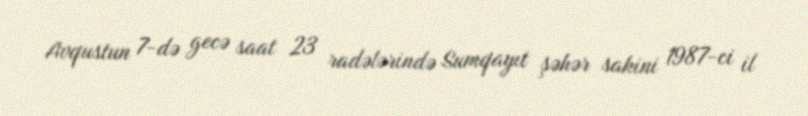
Avqustun 7-də gecə saat 23 radələrində Sumqayıt şəhər sakini 1987-ci il